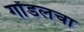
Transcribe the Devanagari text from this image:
गोंडलचा